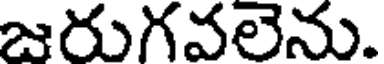
జరుగవలెను.